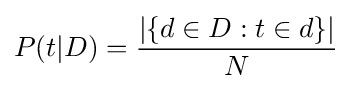
P(t|D)={\frac {|\{d\in D:t\in d\}|}{N}}